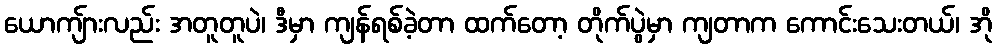
ယောကျ်ားလည်း အတူတူပဲ၊ ဒီမှာ ကျန်ရစ်ခဲ့တာ ထက်တော့ တိုက်ပွဲမှာ ကျတာက ကောင်းသေးတယ်၊ အို